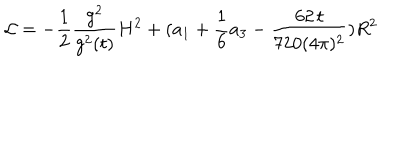
{ \cal L } = - \frac { 1 } { 2 } \frac { g ^ { 2 } } { g ^ { 2 } ( t ) } H ^ { 2 } + ( a _ { 1 } + \frac { 1 } { 6 } a _ { 3 } - \frac { 6 2 \, t } { 7 2 0 ( 4 \pi ) ^ { 2 } } ) R ^ { 2 }